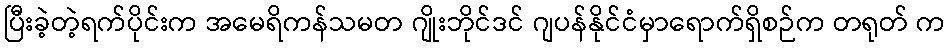
ပြီးခဲ့တဲ့ရက်ပိုင်းက အမေရိကန်သမတ ဂျိုးဘိုင်ဒင် ဂျပန်နိုင်ငံမှာရောက်ရှိစဉ်က တရုတ် က